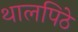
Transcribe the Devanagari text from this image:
थालपिठे